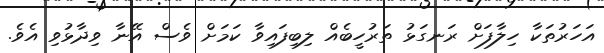
އަހަރުތަކާ ހިލާފަށް ރަނގަޅު ތަރުހީބެއް ލިބިފައިވާ ކަމަށް ވެސް އޭނާ ވިދާޅުވި އެވެ.